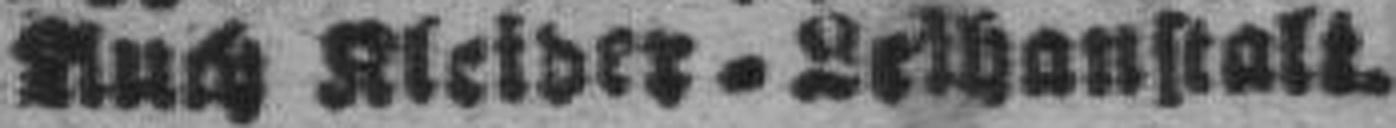
###uch Kleider = Leihanstalt.